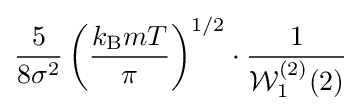
{\frac {5}{8\sigma ^{2}}}\left({\frac {k_{\text{B}}mT}{\pi }}\right)^{1/2}\cdot {\frac {1}{{\mathcal {W}}_{1}^{(2)}(2)}}